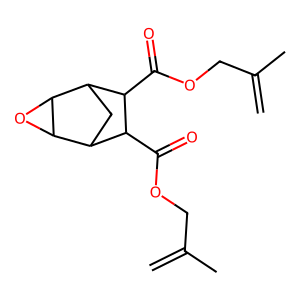
SMILES: C=C(C)COC(=O)C1C2CC(C3OC23)C1C(=O)OCC(=C)C
Inhibits HIV replication: No